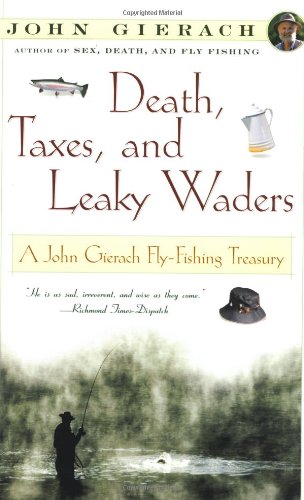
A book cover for Death, Taxes, and Leaky Waders : A John Gierach Fly-Fishing Treasury; John Gierach; Sports & Outdoors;